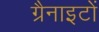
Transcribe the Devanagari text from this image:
ग्रैनाइटों